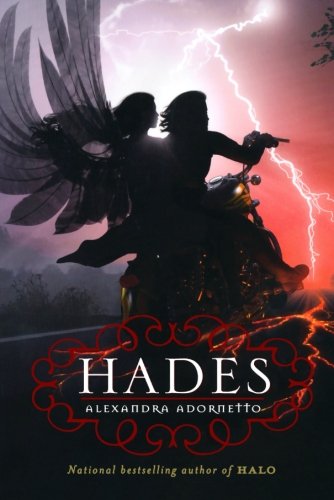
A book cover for Hades (Halo); Alexandra Adornetto; Teen & Young Adult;